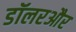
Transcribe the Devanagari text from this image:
डॉलरऔर